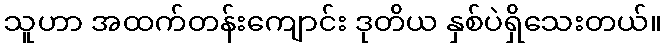
သူဟာ အထက်တန်းကျောင်း ဒုတိယ နှစ်ပဲရှိသေးတယ်။